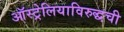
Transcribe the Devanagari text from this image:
ऑस्ट्रेलियाविरुद्धची